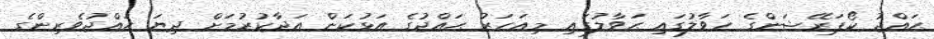
ޙައްޖު ކޯޕަރޭޝަންގެ ހަވާލުގައި ޙަވާލުގައި މިއަހަރު ޙައްޖުގެ އަޅުކަން އަދާކުރުމަށް ދިޔަ ޙައްޖުވެރިންގެ